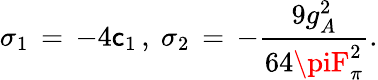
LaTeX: \sigma_{1}\, =\, -4\mathsf{c}_{1}\, ,\ \sigma_{2}\, =\, -\frac{{9g_{A}^{2}}}{{64\piF_{\pi}^{2}}}.